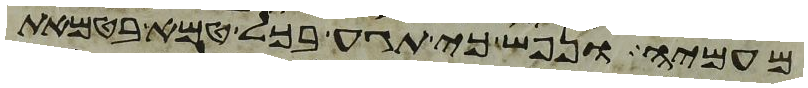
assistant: מעמיה ונפש כי תגע בכל טמא בטמאת